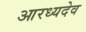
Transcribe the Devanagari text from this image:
आरध्यदेव